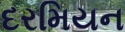
દરમિયન